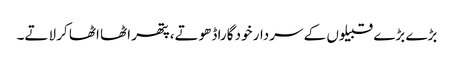
بڑے بڑے قبیلوں کے سردار خود گارا ڈھوتے،پتھر اٹھا اٹھا کر لاتے۔